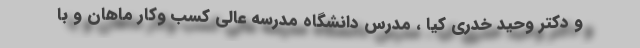
و دکتر وحید خدری کیا ، مدرس دانشگاه مدرسه عالی کسب وکار ماهان و با